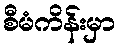
စီမံကိန်းမှာ